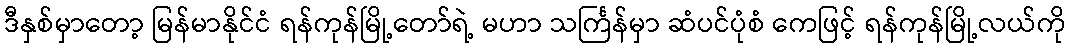
ဒီနှစ်မှာတော့ မြန်မာနိုင်ငံ ရန်ကုန်မြို့တော်ရဲ့ မဟာ သင်္ကြန်မှာ ဆံပင်ပုံစံ ကေဖြင့် ရန်ကုန်မြို့လယ်ကို